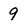
Character: 9